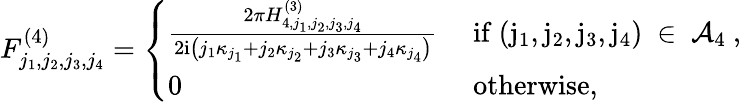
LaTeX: \begin{array}{r}{F_{j_{1},j_{2},j_{3},j_{4}}^{(4)}=\left\{ \begin{array}{ll}{\frac{2\pi H_{4,j_{1},j_{2},j_{3},j_{4}}^{(3)}}{2\mathrm{i}\left(j_{1}\kappa_{j_{1}}+j_{2}\kappa_{j_{2}}+j_{3}\kappa_{j_{3}}+j_{4}\kappa_{j_{4}}\right)}}&{\mathrm{~if~(j_1,j_2,j_3,j_4)~\in~\mathcal{A}_4~},}\\ {0}&{\mathrm{~otherwise},}\end{array}\right.}\end{array}